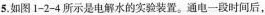
5.如图1-2-4所示是电解水的实验装置。通电一段时间后，